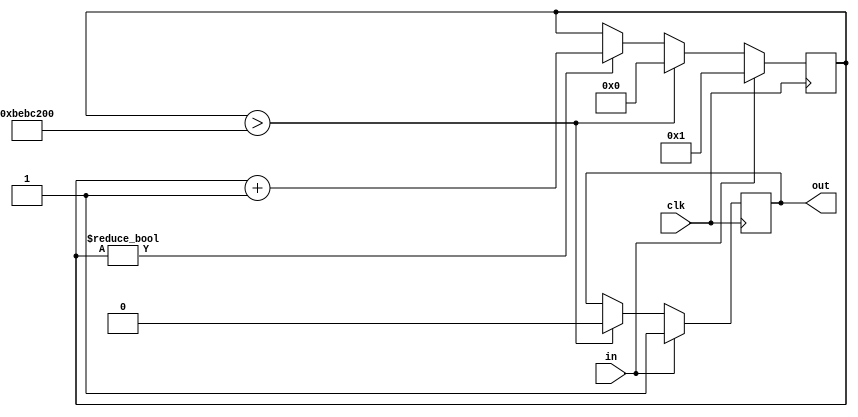
`timescale 1ns / 1ps

module pulse_extender(
    input clk,
    input in,
    output reg out
    );
    
    reg [27:0] count;
    
    initial
    begin
    count = 0;
    out = 0;
    end
    
    always @ (posedge clk)
    begin
        if (in)
        begin
            out = 1;
            count = 1;
        end
        else if (count > 200000000)
        begin
            out = 0;
            count = 0;
        end
        else if (count)
        begin
            count = count + 1;
        end
    end
endmodule